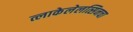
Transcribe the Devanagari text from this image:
त्लाकेलेलत्सिनचा